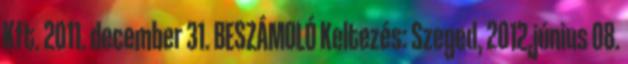
Kft. 2011. december 31. BESZÁMOLÓ Keltezés: Szeged, 2012.június 08.